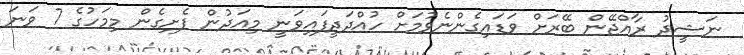
ނަޝީދު ރާއްޖޭން ބޭރަށް ވަޑައިގެންނެވުމަށް ހުއްދަދީފައިވަނީ މިއަދުން ފެށިގެން މިމަހުގެ 7 ވަނަ